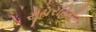
સૂપરહિરો